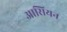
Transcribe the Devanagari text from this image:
आसियन